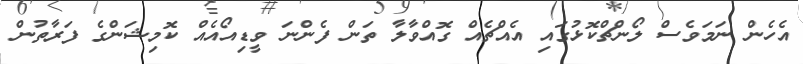
އެހެން ނަމަވެސް ލޯންޗްކޮޅުގައި އެއްޗެއް ގޮއްވާލާ ތަން ފެންނަ ވީޑިއޯއެއް ކޮމިޝަންގެ ފަރާތުން